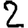
Digit: 2